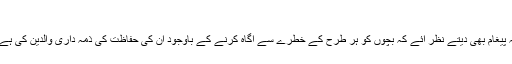
اس خبرکوبھی پڑھیں: صبا قمر پھوٹ پھوٹ کر رو پڑیں
واضح رہے کہ ویڈیو کے آخر میں عامر خان والدین کو یہ پیغام بھی دیتے نظر آئے کہ بچوں کو ہر طرح کے خطرے سے آگاہ کرنے کے باوجود ان کی حفاظت کی ذمہ داری والدین کی ہے لہٰذا اپنے بچوں کے حوالے سے کبھی لاپرواہی نہ برتیں۔